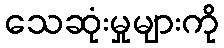
သေဆုံးမှုများကို